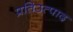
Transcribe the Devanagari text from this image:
प्रतिउत्पाद